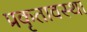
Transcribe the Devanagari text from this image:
प्रकृतावस्था